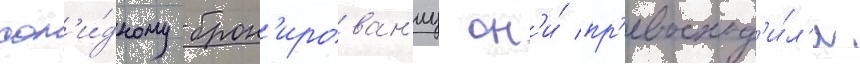
сол'и́дному брон'ирован'иу он'и́ пр'евосход'и́л'и